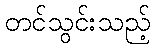
တင်သွင်းသည့်